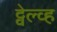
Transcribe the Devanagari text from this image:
ट्वेल्व्ह